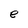
Character: e